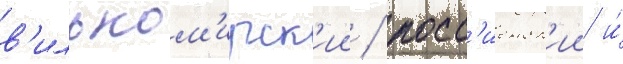
в'ильком'ирск'ии / росс'иенск'ии и́